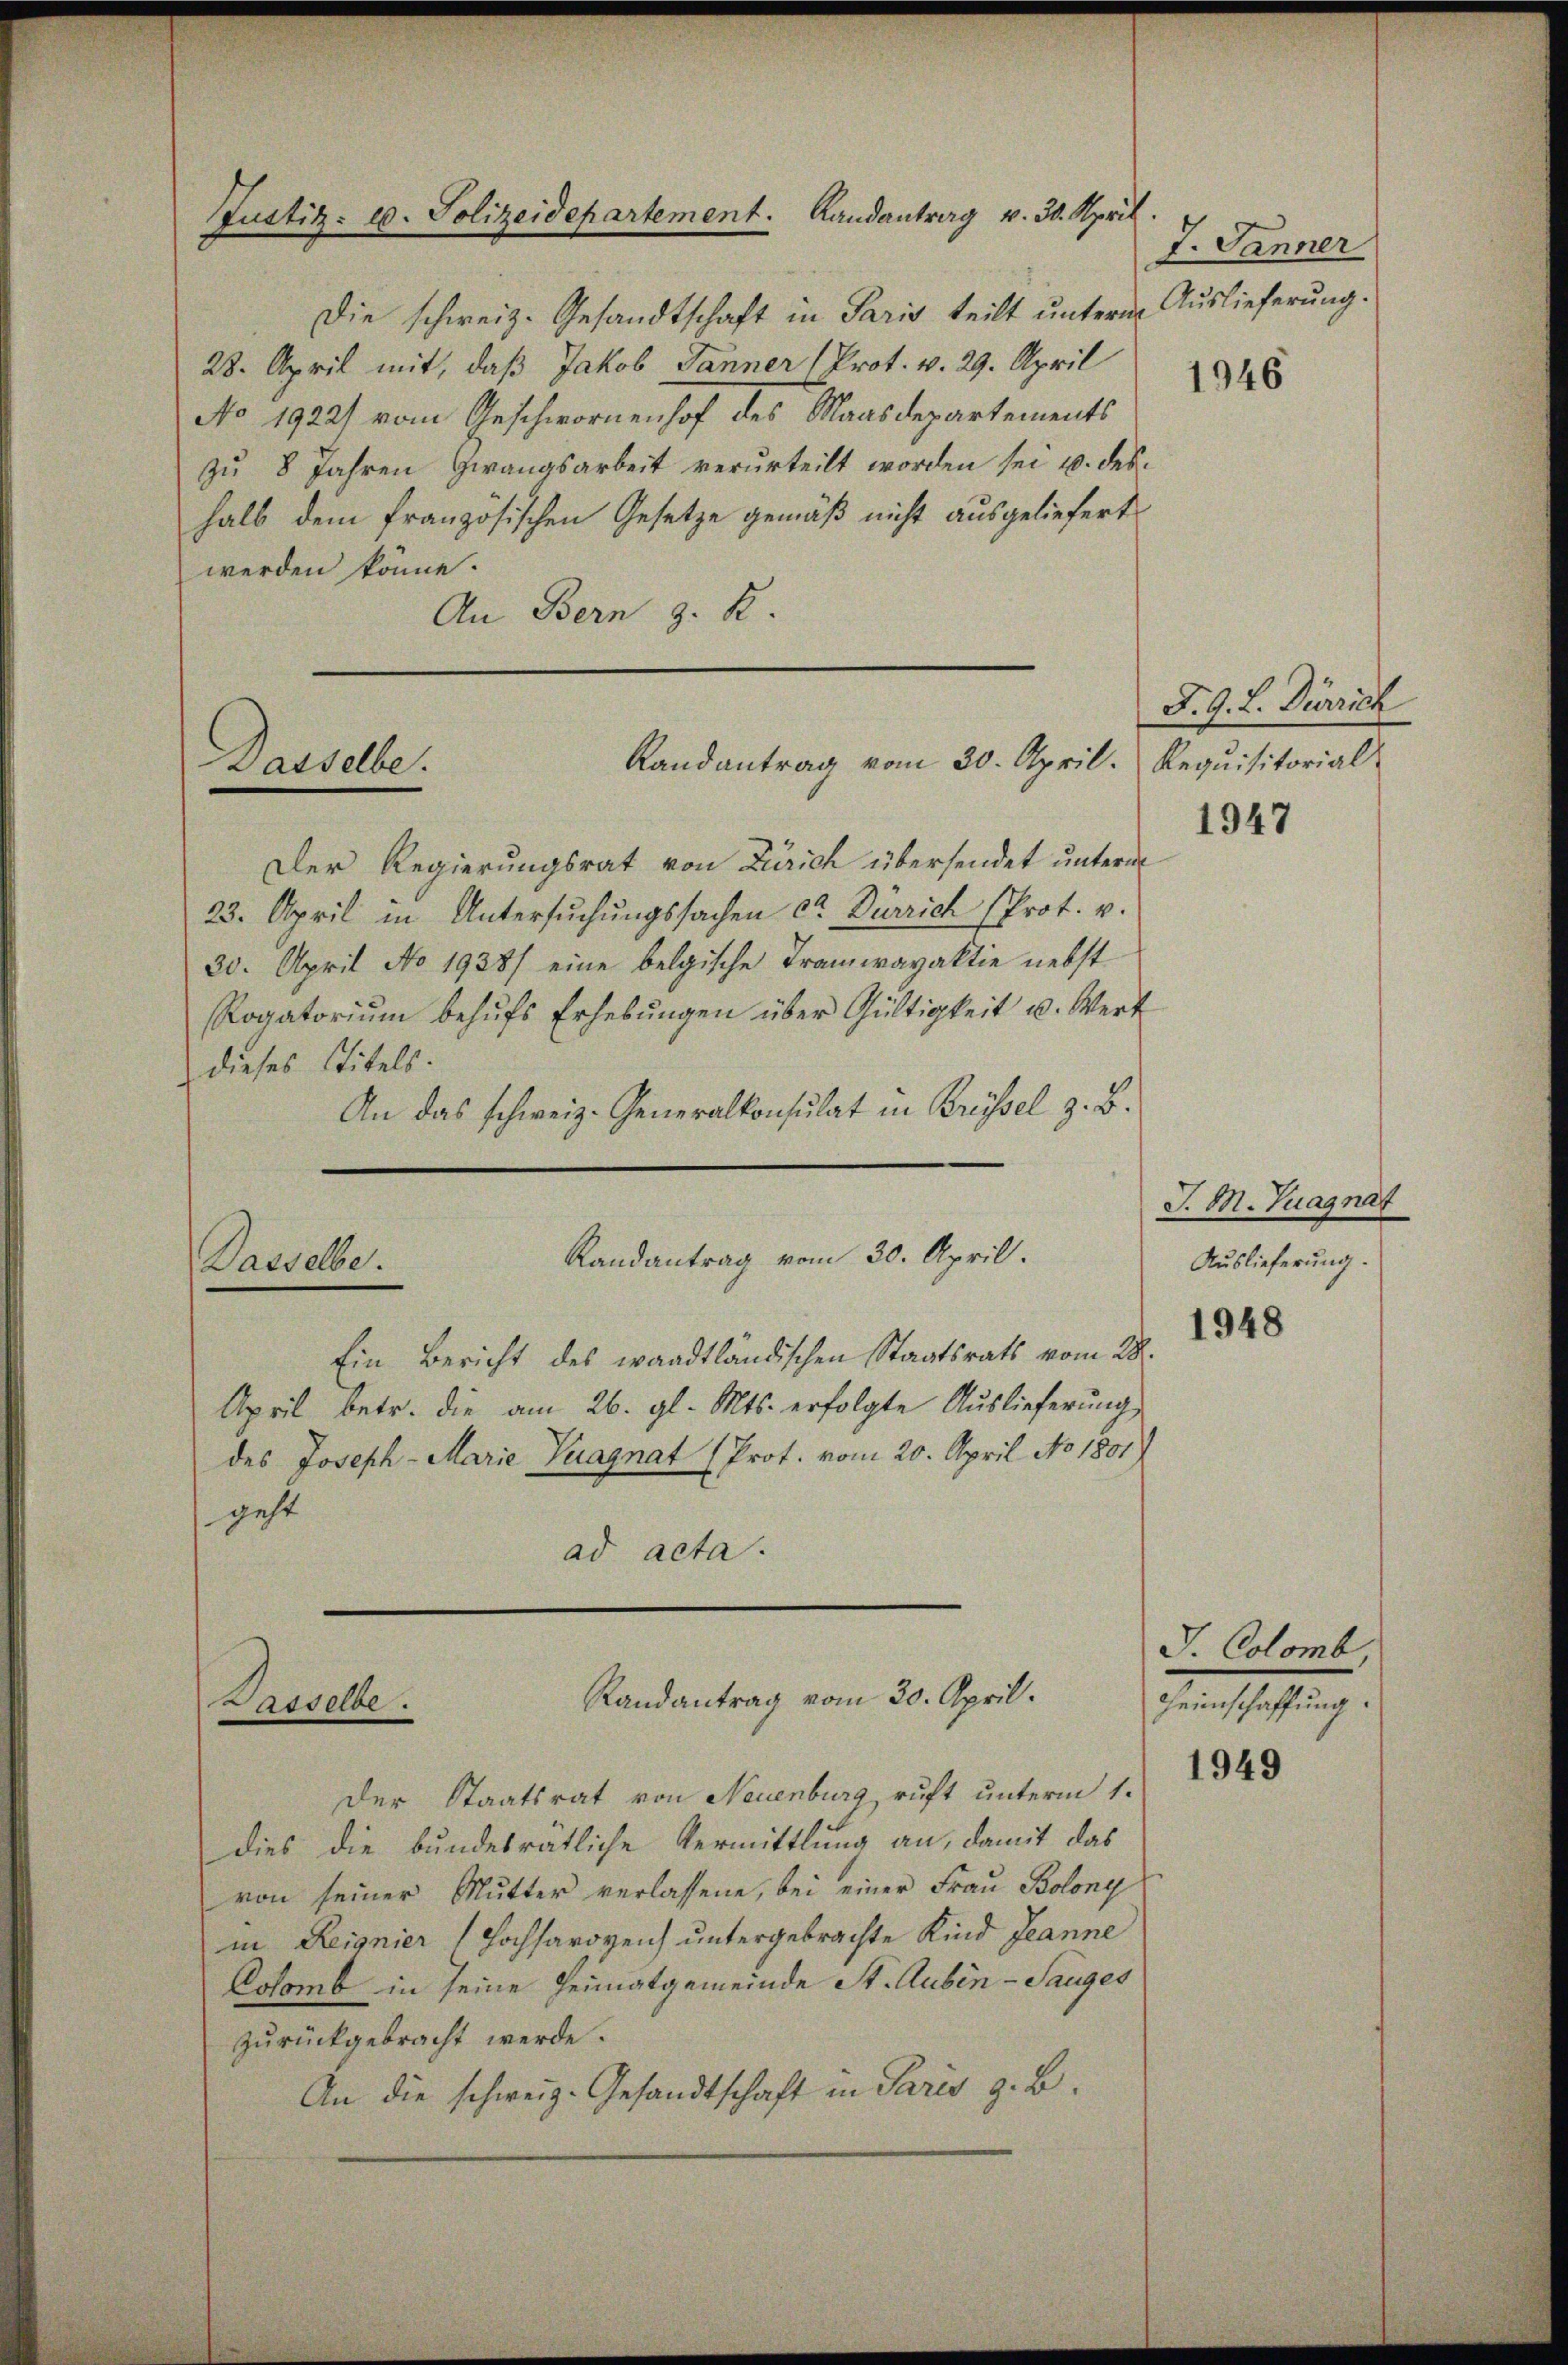
Die schweiz. Gesandtschaft in Paris teilt unterm Auslieferung.
28. April mit, daß Jakob Jänner (Prot. v. 29. April
No 1922/ vom Geschwornenhof des Maasdepartements
zu 8 Jahren Zwangsarbeit verurteilt worden sei u. deshalb dem französischen Gesetze gemäß nicht ausgeliefert
werden könne.
An Bern z. R.

Justiz- u. Polizeidepartement. Landantrag v. 30. April

Randantrag vom 30. April. Requisitorial
Dasselbe.

Der Regierungsrat von Zürich übersendet unterm
23. April in Untersŭchŭngssachen ca Dürrich (Prot. v.
30. April No 1938) eine belgische Tramwayaktie nebst
Rogatorium behŭfs Erhebungen über Gültigkeit u. Wert
dieses Titels.
An das schweiz. Generalkonsulat in Brüssel z. B.

Randantrag vom 30. April.
Dasselbe.

Ein Bericht des waadtländischen Staatsrath vom 28.
April betr. die am 26. gl. Mts. erfolgte Auslieferung
des Joseph-Marie Vuagnat (Prot. vom 20. April No 1801
geht
ad acta.

Randantrag vom 30. April.
Dasselbe.

Der Staatsrat von Neuenburg ruft unterm 1.
dies die bundesrätliche Vermittlung an, damit das
von seiner Mutter verlassene, bei einer Frau Bolong
in Reignier Hochsarozen untergebrachte Kind Jeanne
Colomb in seine Heimatgemeinde St. Aubin - Sauges
zurückgebracht werde.
An die schweiz. Gesandtschaft in Paris z. B.

T. Jänner

1946

J. G. L. Dürrich

1947

J. M. Tuagnat
Auslieferung.

1948

J. Colomb
Heimschaffung.

1949